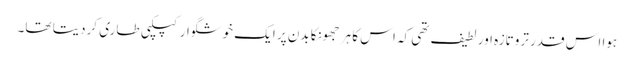
ہوا اس قدر تروتازہ اور لطیف تھی کہ اس کا ہر جھونکا بدن پر ایک خوشگوار کپکپی طاری کردیتا تھا۔